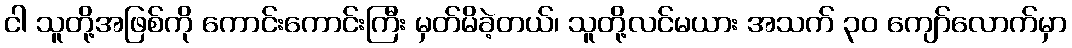
ငါ သူတို့အဖြစ်ကို ကောင်းကောင်းကြီး မှတ်မိခဲ့တယ်၊ သူတို့လင်မယား အသက် ၃၀ ကျော်လောက်မှာ